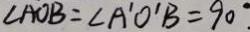
\angle A O B = \angle A ^ { \prime } O ^ { \prime } B = 9 0 ^ { \circ } .